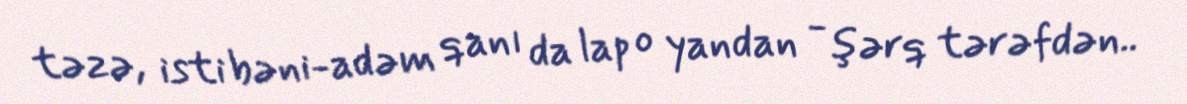
təzə, isti bəni-adəm qanı da lap o yandan - şərq tərəfdən..